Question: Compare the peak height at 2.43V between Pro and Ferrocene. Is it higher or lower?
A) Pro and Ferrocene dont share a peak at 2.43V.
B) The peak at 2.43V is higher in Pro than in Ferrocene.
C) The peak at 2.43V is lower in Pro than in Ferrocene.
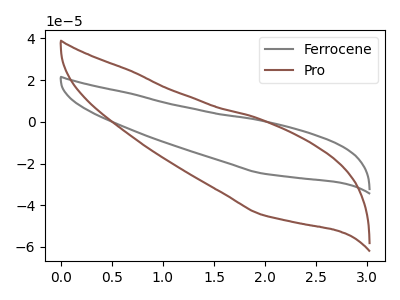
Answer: <think>The gray curve "Ferrocene" has no peaks. The brown curve "Pro" has no peaks.</think>
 <answer>A) "Pro" and "Ferrocene" dont share a peak at 2.43V.</answer>
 <eval>A</eval>